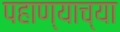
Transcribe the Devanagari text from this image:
पहाण्याच्या